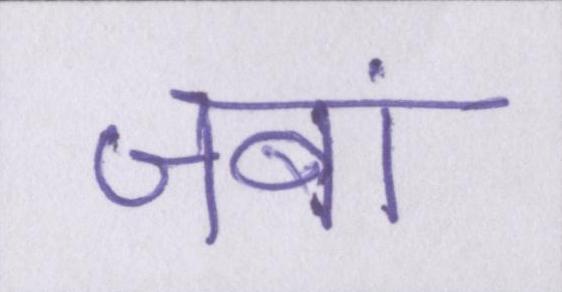
जबां